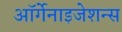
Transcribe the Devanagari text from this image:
ऑर्गेनाइजेशन्स